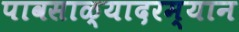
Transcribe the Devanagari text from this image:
पावसाळ्यादरम्यान